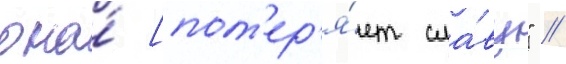
она́ [пот'ер'я́ет сла́ву" //